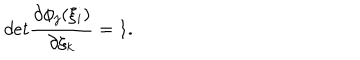
LaTeX: d e t \frac { \partial \phi _ { j } ( \xi _ { i } ) } { \partial \xi _ { k } } = 1 .